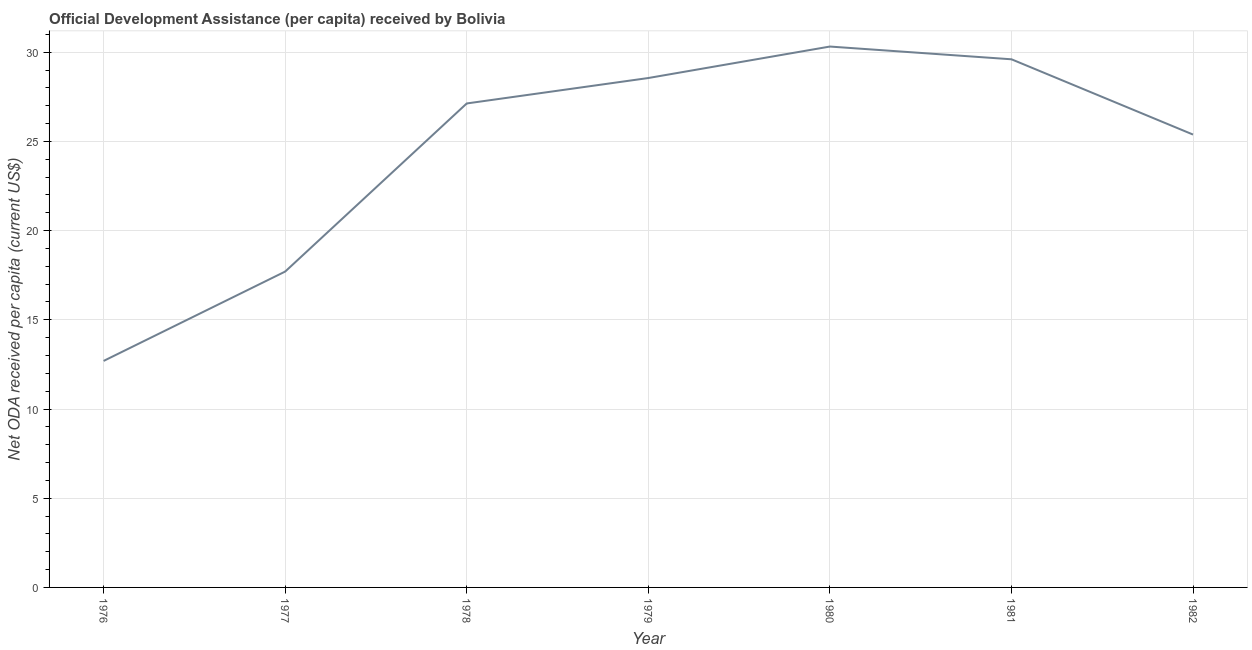
| Year | Net ODA received per capita |
 | --- | --- |
 | 1976 | 12.7 |
 | 1977 | 17.7 |
 | 1978 | 27.1 |
 | 1979 | 28.6 |
 | 1980 | 30.3 |
 | 1981 | 29.6 |
 | 1982 | 25.4 |